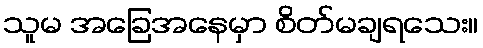
သူမ အခြေအနေမှာ စိတ်မချရသေး။